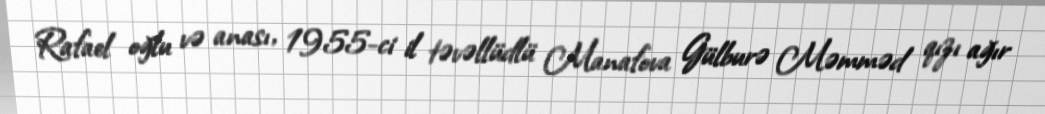
Rafael oğlu və anası, 1955-ci il təvəllüdlü Manafova Gülburə Məmməd qızı ağır